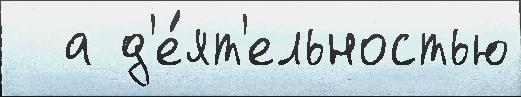
  а д'е́ят'ельностью